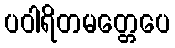
ပဝါရိတမတ္တေပေ